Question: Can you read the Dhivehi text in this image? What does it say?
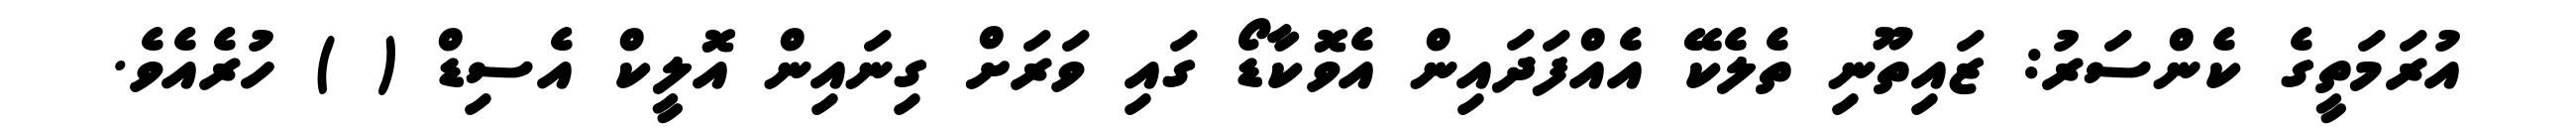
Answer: އުރަމަތީގެ ކެންސަރު: ޒައިތޫނި ތެލެކޭ އެއްފަދައިން އެވޮކާޑޯ ގައި ވަރަށް ގިނައިން އޮލީކް އެސިޑް ( ) ހުރެއެވެ.